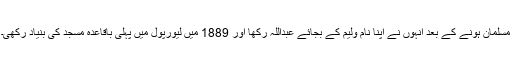
مسلمان ہونے کے بعد انہوں نے اپنا نام ولیم کے بجائے عبداللہ رکھا اور 1889 میں لیورپول میں پہلی باقاعدہ مسجد کی بنیاد رکھی۔